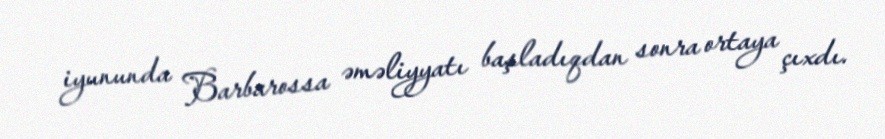
iyununda Barbarossa əməliyyatı başladıqdan sonra ortaya çıxdı.